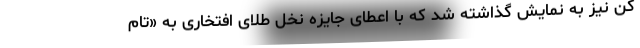
کن نیز به نمایش گذاشته شد که با اعطای جایزه نخل طلای افتخاری به «تام